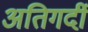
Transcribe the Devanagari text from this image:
अतिगर्दी